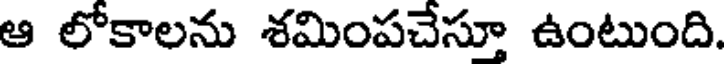
ఆ లోకాలను శమింపచేస్తూ ఉంటుంది.